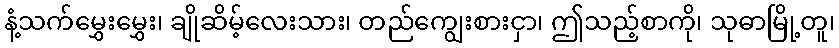
နံ့သက်မွှေးမွှေး၊ ချိုဆိမ့်လေးသား၊ တည်ကျွေးစားငှာ၊ ဤသည့်စာကို၊ သုဓာမြို့တူ၊